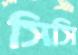
সিসি